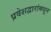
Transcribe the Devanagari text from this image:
प्रवेशद्वारांमधून